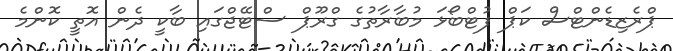
ޕްރެޒިޑެންޓްސް ކަޕް ފުޓްބޯޅަ މުބާރާތުގެ ގްރޫޕް ސްޓޭޖްގައި ބާކީ ދެން އޮތީ ކޮންމެ